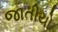
જાતીયો